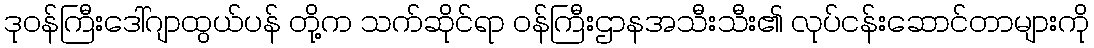
ဒုဝန်ကြီးဒေါ်ဂျာထွယ်ပန် တို့က သက်ဆိုင်ရာ ဝန်ကြီးဌာနအသီးသီး၏ လုပ်ငန်းဆောင်တာများကို